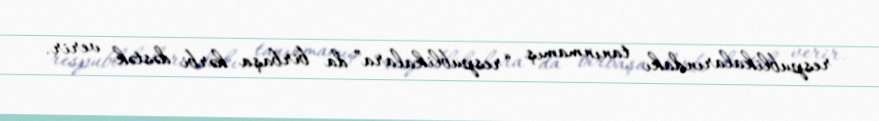
respublikalarındakı tanınmamış “respublikalara” da birbaşa hərbi dəstək verir.